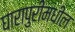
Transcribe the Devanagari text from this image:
घारापुरीमधील